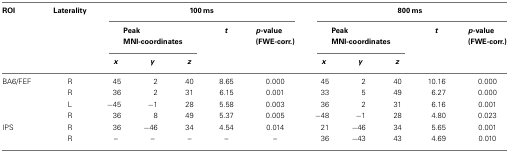
| ROI | Laterality | <COLSPAN=5> 100 ms | <COLSPAN=5> 800 ms |
 |  |  | <COLSPAN=3> Peak MNI-coordinates | t | p-value (FWE-corr.) | <COLSPAN=3> Peak MNI-coordinates | t | p-value (FWE-corr.) |
 |  |  | x | y | z |  |  | x | y | z |  |  |
 | --- | --- | --- | --- | --- | --- | --- | --- | --- | --- | --- | --- |
 | BA6/FEF | R | 45 | 2 | 40 | 8.65 | 0.000 | 45 | 2 | 40 | 10.16 | 0.000 |
 |  | R | 36 | 2 | 31 | 6.15 | 0.001 | 33 | 5 | 49 | 6.27 | 0.000 |
 |  | L | −45 | −1 | 28 | 5.58 | 0.003 | 36 | 2 | 31 | 6.16 | 0.001 |
 |  | R | 36 | 8 | 49 | 5.37 | 0.005 | −48 | −1 | 28 | 4.80 | 0.023 |
 | IPS | R | 36 | −46 | 34 | 4.54 | 0.014 | 21 | −46 | 34 | 5.65 | 0.001 |
 |  | R | – | – | – | – | – | 36 | −43 | 43 | 4.69 | 0.010 |